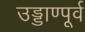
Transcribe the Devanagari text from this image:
उड्डाण्पूर्व